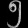
Digit: ၅